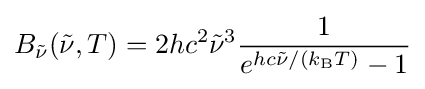
B_{\tilde {\nu }}({\tilde {\nu }},T)=2hc^{2}{\tilde {\nu }}^{3}{\frac {1}{e^{hc{\tilde {\nu }}/(k_{\mathrm {B} }T)}-1}}